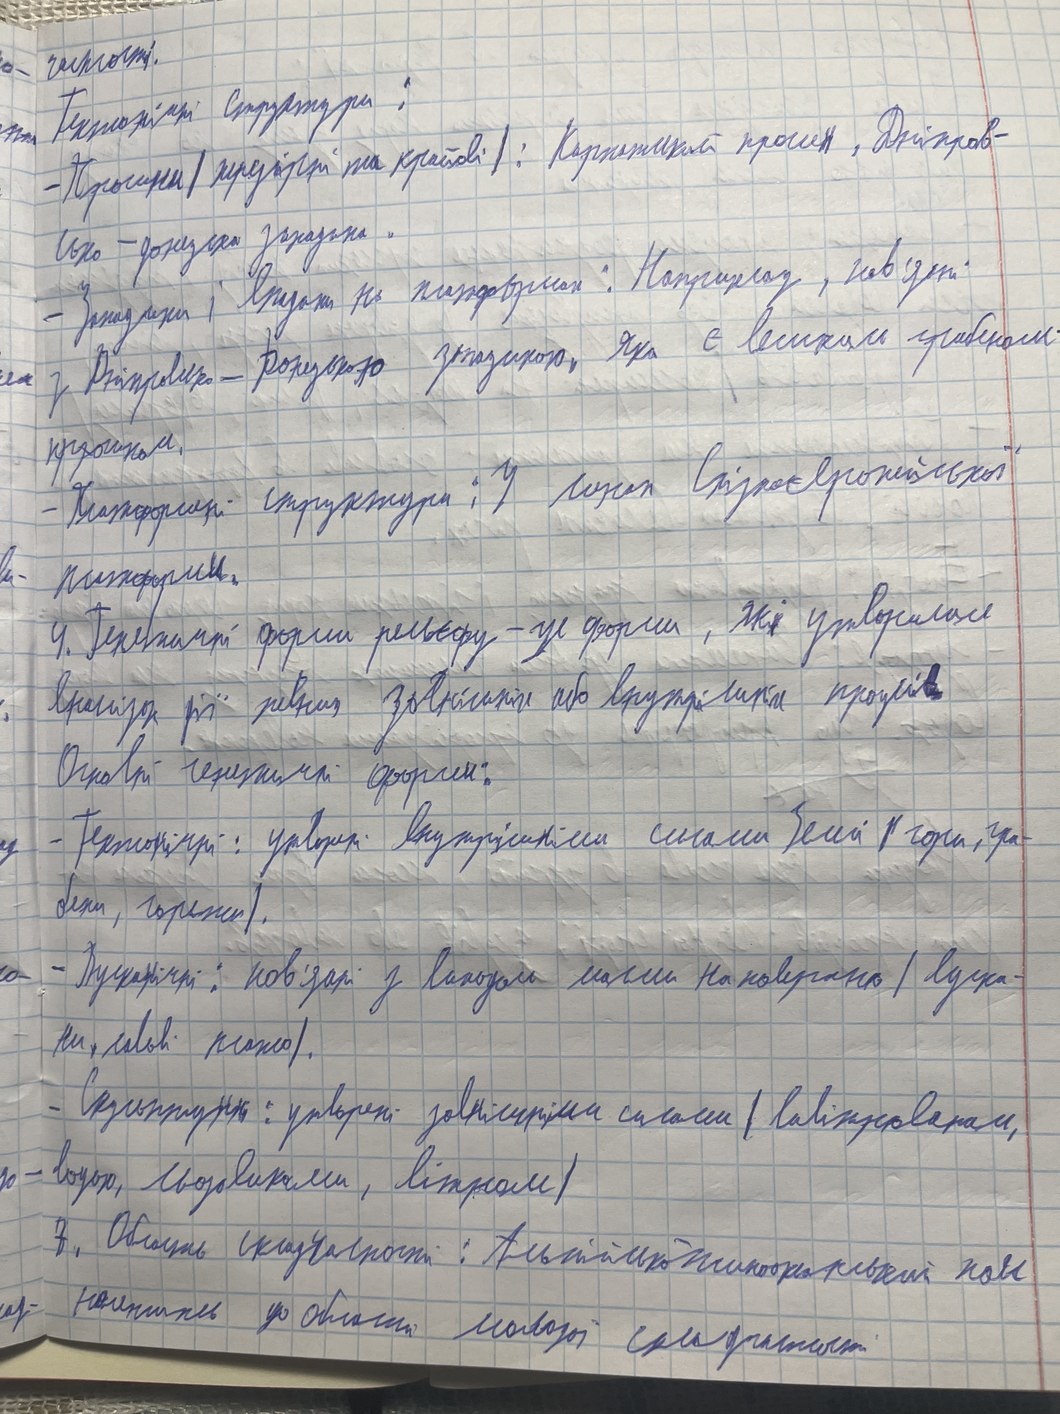
чистоті.
Тектонічні структури :
- Прогини /передгірні та крайові/: Карпатський прогин, Дніпров-
сько донецька западина.
- Западини і впадини на платформах : Наприклад, пов'язані
з Дніпровсько - Донецькою западиною. Яка є великим грабеном
про~~д~~гином
- Платформні структури: У межах східноєвропейської
платформи.
4.Генетичні форми рельєфу - це форми, які утворені
внаслідок дії певних зовнішніх або внутрішніх процесів
Основні генетичні форми:
-Технологічні: утворилі внутрішніми силами землі (гори, гра
бени, горсти).
-Вулканічні : пов'язані з виходом магмина поверхні (вулка-
ни, лавові тощо).
- Скульптурні: утворені зовнішними силами (вивітрюваням,
водою, льодовиками, вітром)
7. Область складчастості : Альпійсько-гімалайський пояс
належить до області молодої складчастості